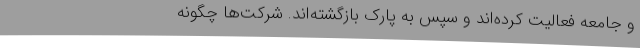
و جامعه فعالیت‌ کرده‌اند و سپس به پارک بازگشته‌اند. شرکت‌ها چگونه